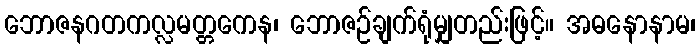
ဘောဇနဂတကလ္လမတ္တကေန၊ ဘောဇဉ်ချက်ရုံမျှတည်းဖြင့်။ အဓနောနာမ၊